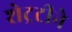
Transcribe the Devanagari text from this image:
शेट्रटीने